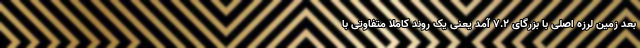
بعد زمین لرزه اصلی با بزرگای ۷.۲ آمد یعنی یک روند کاملاً متفاوتی با